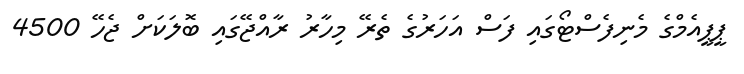
ޕީޕީއެމްގެ މެނިފެސްޓޯގައި ފަސް އަހަރުގެ ތެރޭ މިހާރު ރާއްޖޭގައި ބޮލަކަށް ޖެހޭ 4500